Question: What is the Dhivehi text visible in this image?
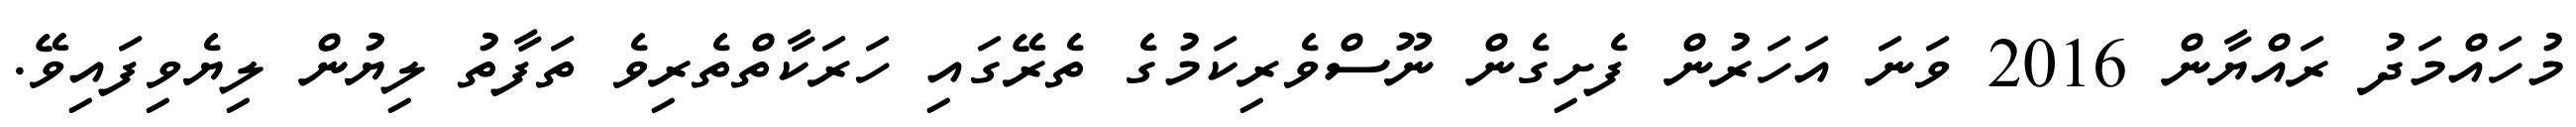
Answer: މުހައްމަދު ރައްޔާން 2016 ވަނަ އަހަރުން ފެށިގެން ނޫސްވެރިކަމުގެ ތެރޭގައި ހަރަކާތްތެރިވެ ތަފާތު ލިޔުން ލިޔެވިފައިވޭ.